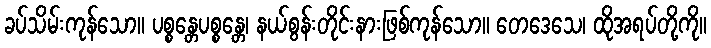
ခပ်သိမ်းကုန်သော။ ပစ္စန္တေပစ္စန္တေ၊ နယ်စွန်းတိုင်းနားဖြစ်ကုန်သော။ တေဒေသေ၊ ထိုအရပ်တို့ကို။